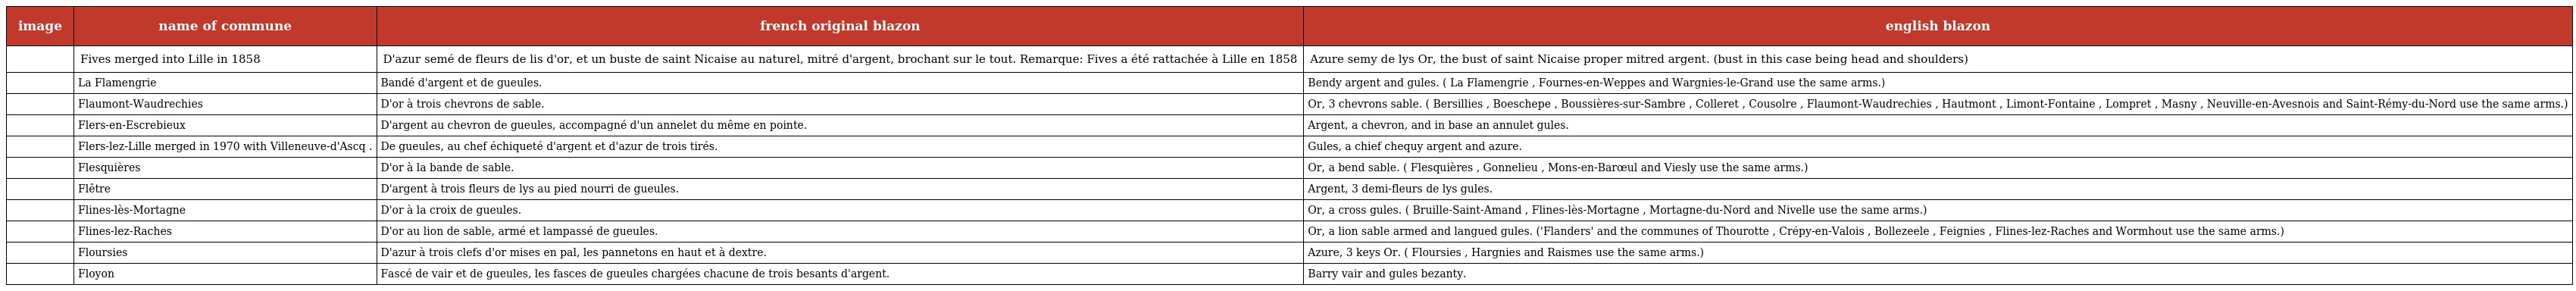
| image | name of commune | french original blazon | english blazon |
 | --- | --- | --- | --- |
 |  | Fives merged into Lille in 1858 | D'azur semé de fleurs de lis d'or, et un buste de saint Nicaise au naturel, mitré d'argent, brochant sur le tout. Remarque: Fives a été rattachée à Lille en 1858 | Azure semy de lys Or, the bust of saint Nicaise proper mitred argent. (bust in this case being head and shoulders) |
 |  | La Flamengrie | Bandé d'argent et de gueules. | Bendy argent and gules. ( La Flamengrie , Fournes-en-Weppes and Wargnies-le-Grand use the same arms.) |
 |  | Flaumont-Waudrechies | D'or à trois chevrons de sable. | Or, 3 chevrons sable. ( Bersillies , Boeschepe , Boussières-sur-Sambre , Colleret , Cousolre , Flaumont-Waudrechies , Hautmont , Limont-Fontaine , Lompret , Masny , Neuville-en-Avesnois and Saint-Rémy-du-Nord use the same arms.) |
 |  | Flers-en-Escrebieux | D'argent au chevron de gueules, accompagné d'un annelet du même en pointe. | Argent, a chevron, and in base an annulet gules. |
 |  | Flers-lez-Lille merged in 1970 with Villeneuve-d'Ascq . | De gueules, au chef échiqueté d'argent et d'azur de trois tirés. | Gules, a chief chequy argent and azure. |
 |  | Flesquières | D'or à la bande de sable. | Or, a bend sable. ( Flesquières , Gonnelieu , Mons-en-Barœul and Viesly use the same arms.) |
 |  | Flêtre | D'argent à trois fleurs de lys au pied nourri de gueules. | Argent, 3 demi-fleurs de lys gules. |
 |  | Flines-lès-Mortagne | D'or à la croix de gueules. | Or, a cross gules. ( Bruille-Saint-Amand , Flines-lès-Mortagne , Mortagne-du-Nord and Nivelle use the same arms.) |
 |  | Flines-lez-Raches | D'or au lion de sable, armé et lampassé de gueules. | Or, a lion sable armed and langued gules. ('Flanders' and the communes of Thourotte , Crépy-en-Valois , Bollezeele , Feignies , Flines-lez-Raches and Wormhout use the same arms.) |
 |  | Floursies | D'azur à trois clefs d'or mises en pal, les pannetons en haut et à dextre. | Azure, 3 keys Or. ( Floursies , Hargnies and Raismes use the same arms.) |
 |  | Floyon | Fascé de vair et de gueules, les fasces de gueules chargées chacune de trois besants d'argent. | Barry vair and gules bezanty. |